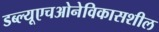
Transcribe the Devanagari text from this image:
डब्‍ल्‍यूएचओनेविकासशील